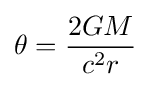
\theta ={\frac {2GM}{c^{2}r}}